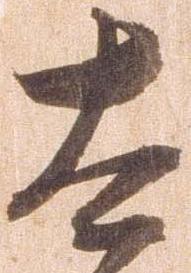
太